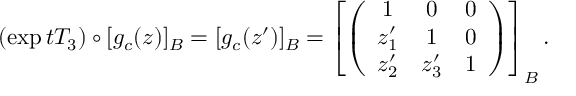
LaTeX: ( \exp t T _ { 3 } ) \circ [ g _ { c } ( z ) ] _ { B } = [ g _ { c } ( z ^ { \prime } ) ] _ { B } = \left[ \left( \begin{array} { c c c } { { 1 } } & { { 0 } } & { { 0 } } \\ { { z _ { 1 } ^ { \prime } } } & { { 1 } } & { { 0 } } \\ { { z _ { 2 } ^ { \prime } } } & { { z _ { 3 } ^ { \prime } } } & { { 1 } } \end{array} \right) \right] _ { B } .